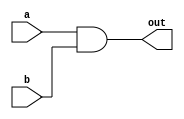
module vector_continuous_assignment(
    input  [7:0] a,        // 8-bit input vector a
    input  [7:0] b,        // 8-bit input vector b
    output [7:0] out       // 8-bit output vector
);

// Continuous assignment using the assign statement
assign out = a & b;        // The output is the bitwise AND of inputs a and b

endmodule